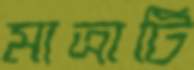
মাত্রাটি